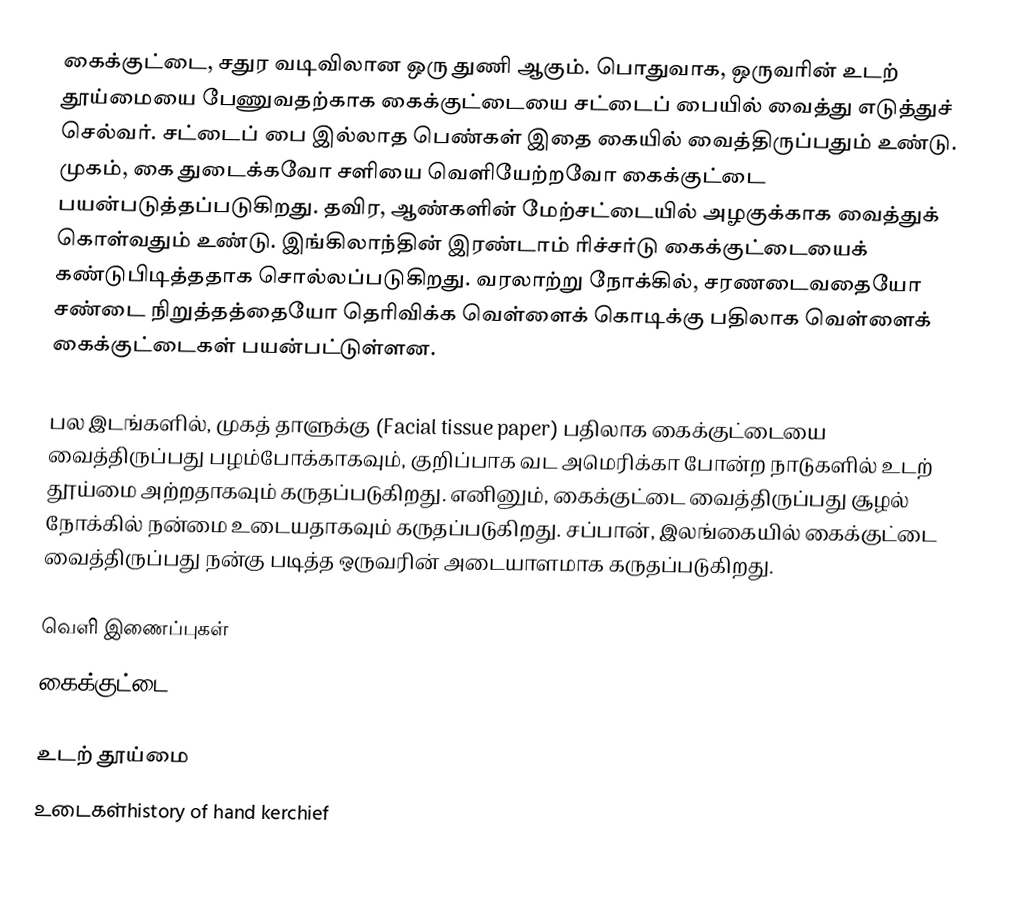
கைக்குட்டை, சதுர வடிவிலான ஒரு துணி ஆகும். பொதுவாக, ஒருவரின் உடற் தூய்மையை பேணுவதற்காக கைக்குட்டையை சட்டைப் பையில் வைத்து எடுத்துச் செல்வர். சட்டைப் பை இல்லாத பெண்கள் இதை கையில் வைத்திருப்பதும் உண்டு. முகம், கை துடைக்கவோ சளியை வெளியேற்றவோ கைக்குட்டை பயன்படுத்தப்படுகிறது. தவிர, ஆண்களின் மேற்சட்டையில் அழகுக்காக வைத்துக் கொள்வதும் உண்டு. இங்கிலாந்தின் இரண்டாம் ரிச்சர்டு கைக்குட்டையைக் கண்டுபிடித்ததாக சொல்லப்படுகிறது. வரலாற்று நோக்கில், சரணடைவதையோ சண்டை நிறுத்தத்தையோ தெரிவிக்க வெள்ளைக் கொடிக்கு பதிலாக வெள்ளைக் கைக்குட்டைகள் பயன்பட்டுள்ளன.

பல இடங்களில், முகத் தாளுக்கு (Facial tissue paper) பதிலாக கைக்குட்டையை வைத்திருப்பது பழம்போக்காகவும், குறிப்பாக வட அமெரிக்கா போன்ற நாடுகளில் உடற் தூய்மை அற்றதாகவும் கருதப்படுகிறது. எனினும், கைக்குட்டை வைத்திருப்பது சூழல் நோக்கில் நன்மை உடையதாகவும் கருதப்படுகிறது. சப்பான், இலங்கையில் கைக்குட்டை வைத்திருப்பது நன்கு படித்த ஒருவரின் அடையாளமாக கருதப்படுகிறது.

வெளி இணைப்புகள்
 கைக்குட்டை

உடற் தூய்மை
உடைகள்history of hand kerchief